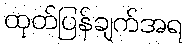
ထုတ်ပြန်ချက်အရ